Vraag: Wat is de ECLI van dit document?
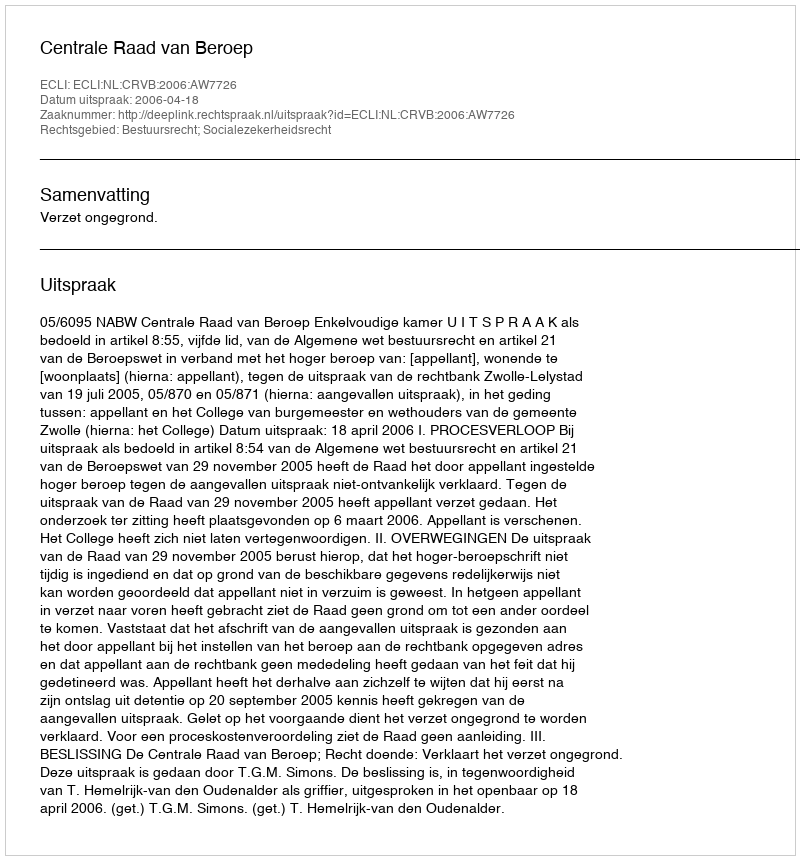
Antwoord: ECLI:NL:CRVB:2006:AW7726